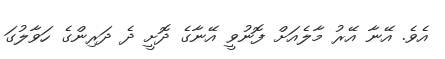
އެވެ. އޭނާ އޭރު މާލެއަށް ފޮނުވީ އޭނާގެ ދޮށީ ދެ ދަރިންގެ ހަވާލުގަ